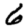
Digit: 6